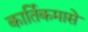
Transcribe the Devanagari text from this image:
कार्तिकमासे